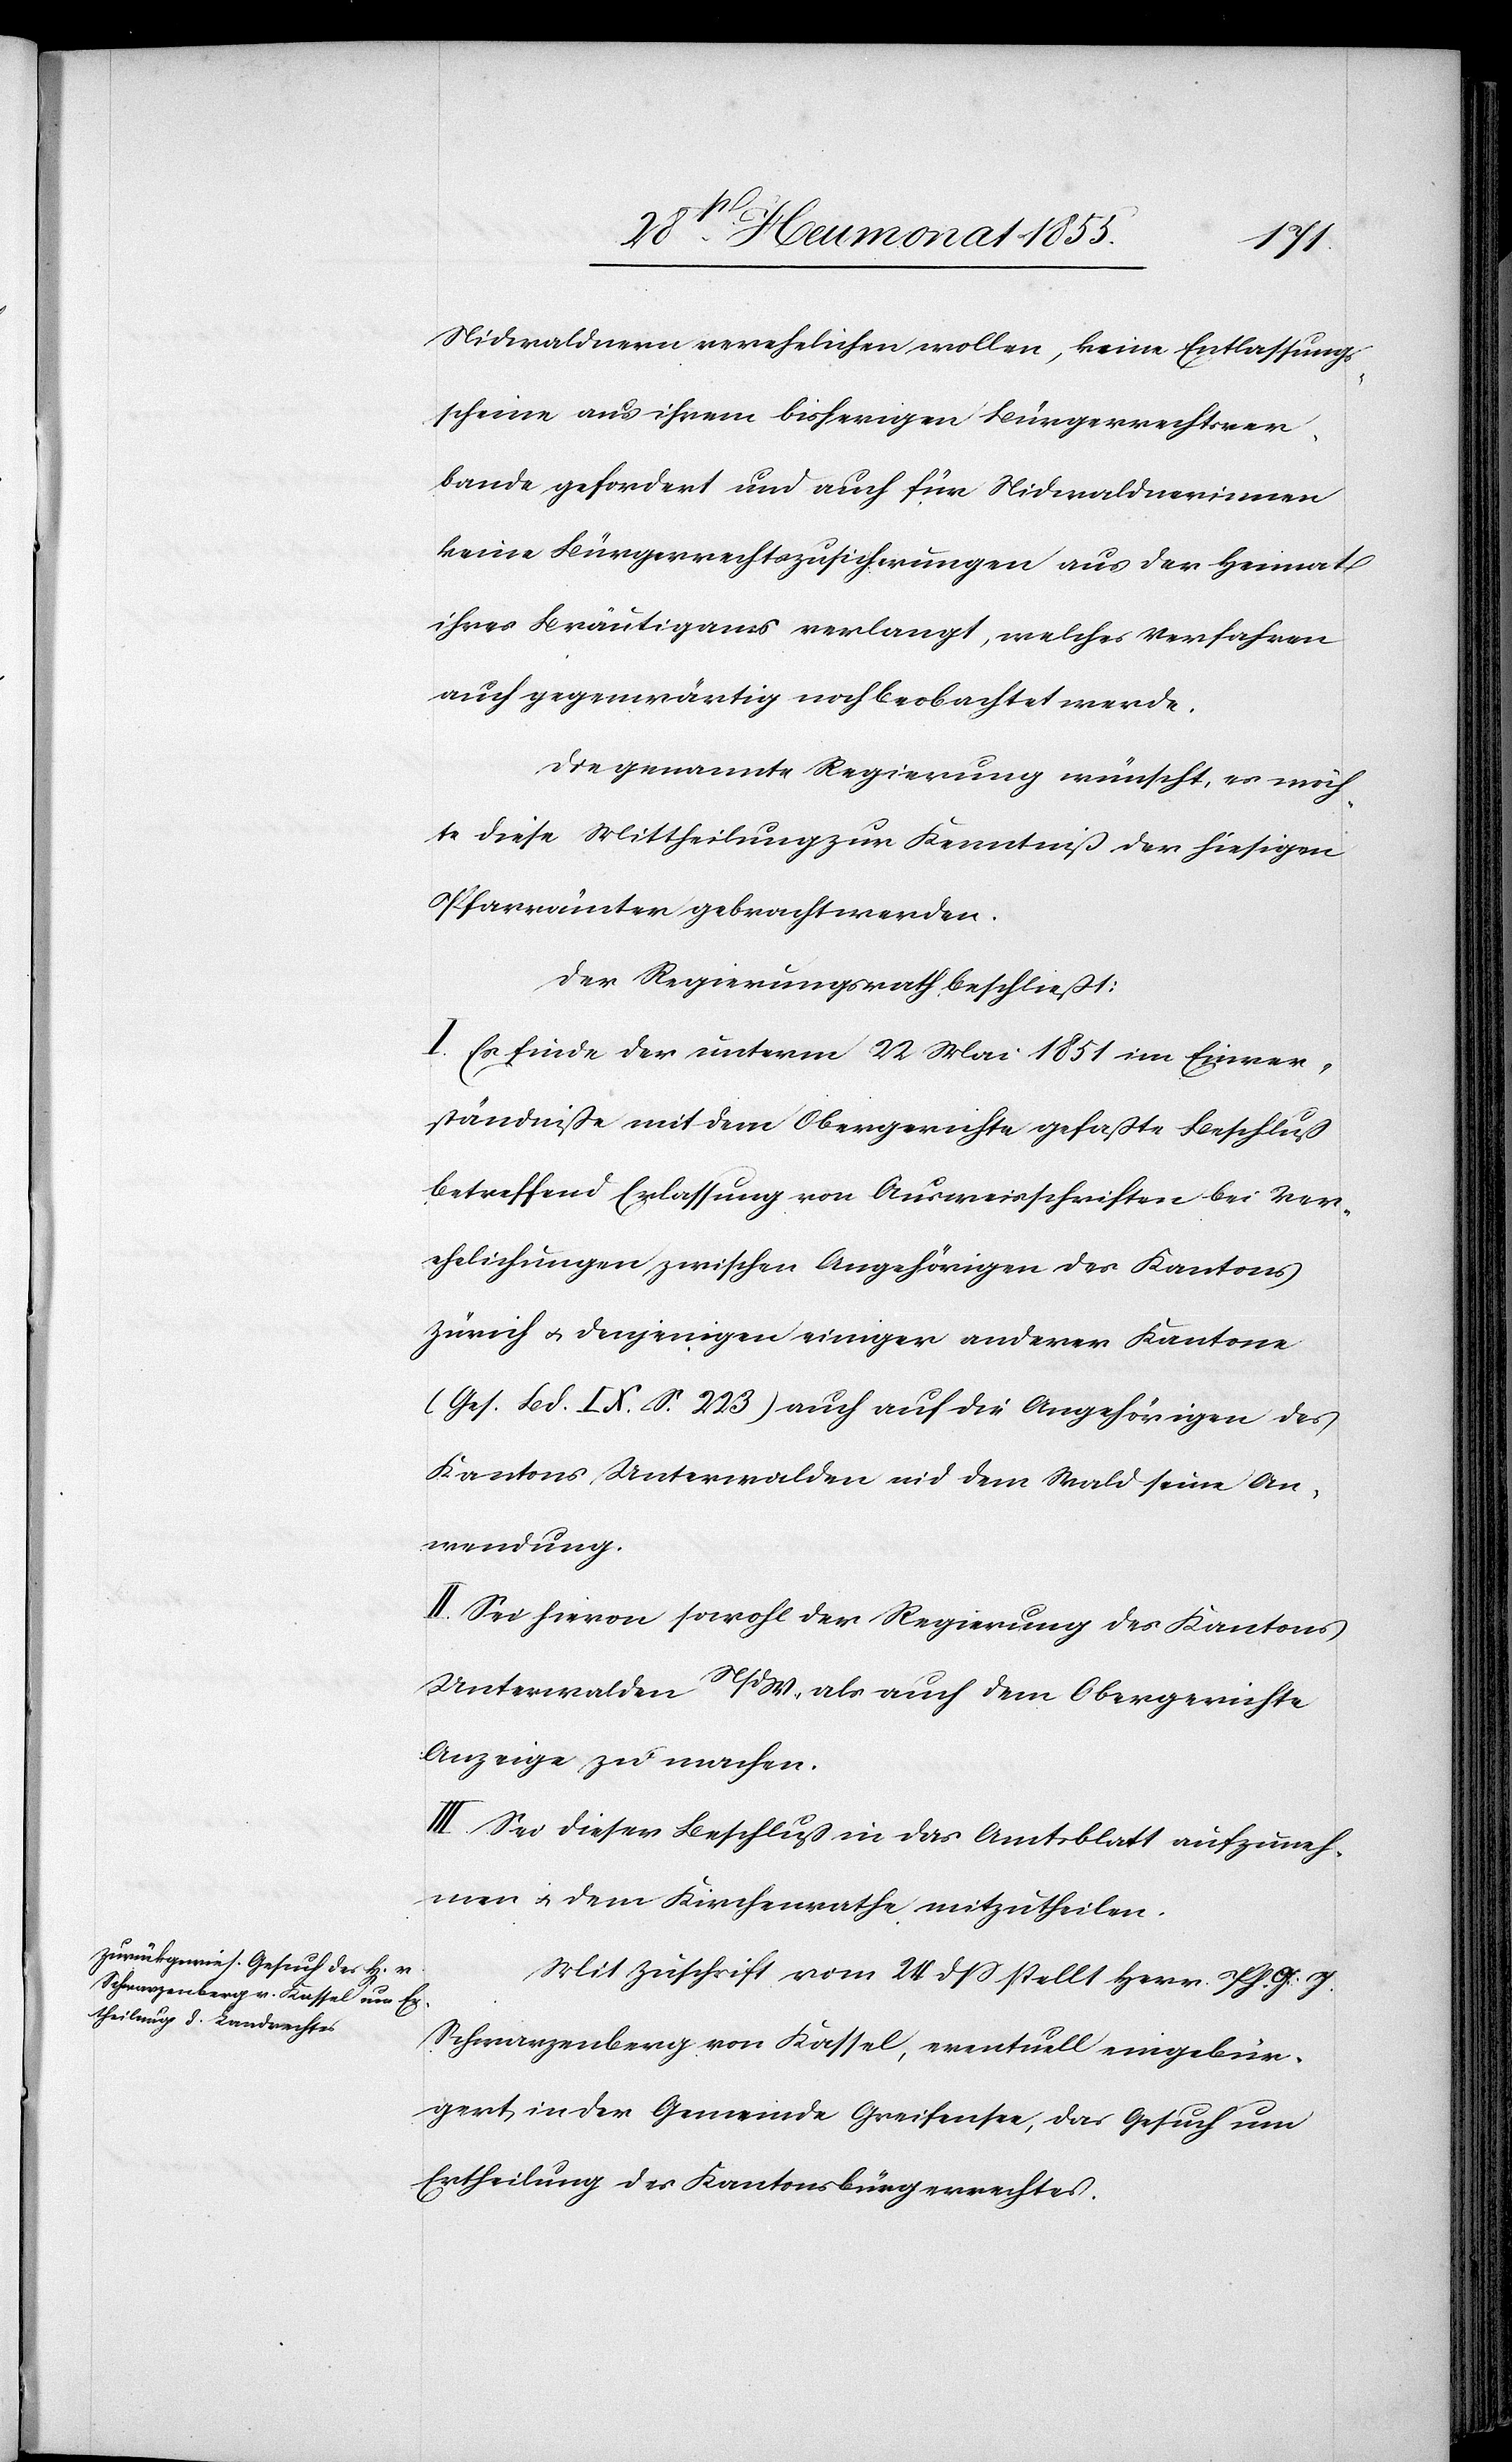
Nidwaldnern verehelichen wollen, keine Entlassungs¬
scheine aus ihrem bisherigen Bürgerrechtsver¬
bande gefordert und auch für Nidwaldnerinnen
keine Bürgerrechtszusicherungen aus der Heimat
ihres Bräutigams verlangt, welches Verfahren
auch gegenwärtig noch beobachtet werde.
Die genannte Regierung wünscht, es möch¬
te diese Mittheilung zur Kenntniß der hiesigen
Pfarrämter gebracht werden.
Der Regierungsrath beschließt:
I. Es finde der unterm 22 Mai 1851 im Einver¬
ständniße mit dem Obergerichte gefaßte Beschluß
betreffend Erlassung von Ausweisschriften bei Ver¬
ehelichungen zwischen Angehörigen des Kantons
Zürich & denjenigen einiger anderer Kantone
(Ges. Bd. IX. S. 223) auch auf die Angehörigen des
Kantons Unterwalden nid dem Wald seine An¬
wendung.
II. Sei hievon sowohl der Regierung des Kantons
Unterwalden N/dW., als auch dem Obergerichte
Anzeige zu machen.
III. Sei dieser Beschluß in das Amtsblatt aufzuneh¬
men & dem Kirchenrathe mitzutheilen.
Mit Zuschrift vom 24 dss stellt Herr Ph. G. J.
Schwarzenberg von Kassel, eventuell eingebür¬
gert in der Gemeinde Greifensee, das Gesuch um
Ertheilung des Kantonsbürgerrechtes.